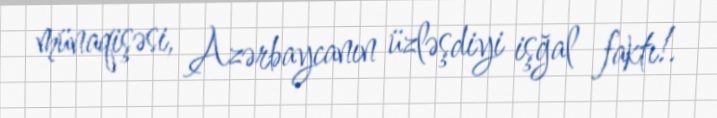
münaqişəsi, Azərbaycanın üzləşdiyi işğal faktı!.